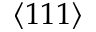
\langle 1 1 1 \rangle